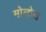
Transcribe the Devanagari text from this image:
मोलोख़